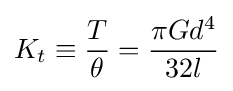
K_{t}\equiv {\frac {T}{\theta }}={\frac {\pi Gd^{4}}{32l}}